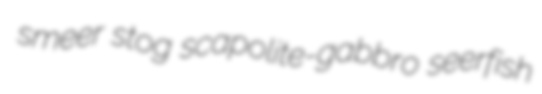
smeer stog scapolite-gabbro seerfish